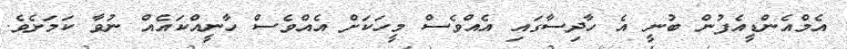
އެމްއެންޑީއެފުން ބުނީ އެ ހާދިސާގައި އެއްވެސް މީހަކަށް އެއްވެސް ހާނީއްކައެއް ނުވާ ކަމަށެވެ.